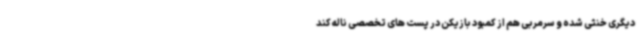
دیگری خنثی شده و سرمربی هم از کمبود بازیکن در پست های تخصصی ناله کند